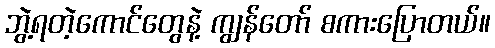
ဘွဲ့ရတဲ့ကောင်တွေနဲ့ ကျွန်တော် စကားပြောတယ်။